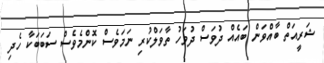
ޝަރީއަތް ބާއްވަން ބައެއް ދުވަސް ދުވަހު ތާވަލްކުރި ނަމަވެސް ކޮންމެވެސް ސަބަބަކާ ހެދި